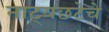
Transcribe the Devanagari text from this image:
नाट्यछटेचे